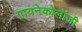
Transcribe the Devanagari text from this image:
गायनेकोलॉजी